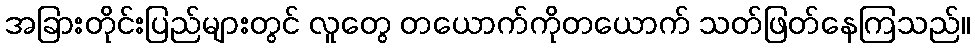
အခြားတိုင်းပြည်များတွင် လူတွေ တယောက်ကိုတယောက် သတ်ဖြတ်နေကြသည်။